Indian journal of veterinary science and animal husbandry - Volume 4,
Year: 1934
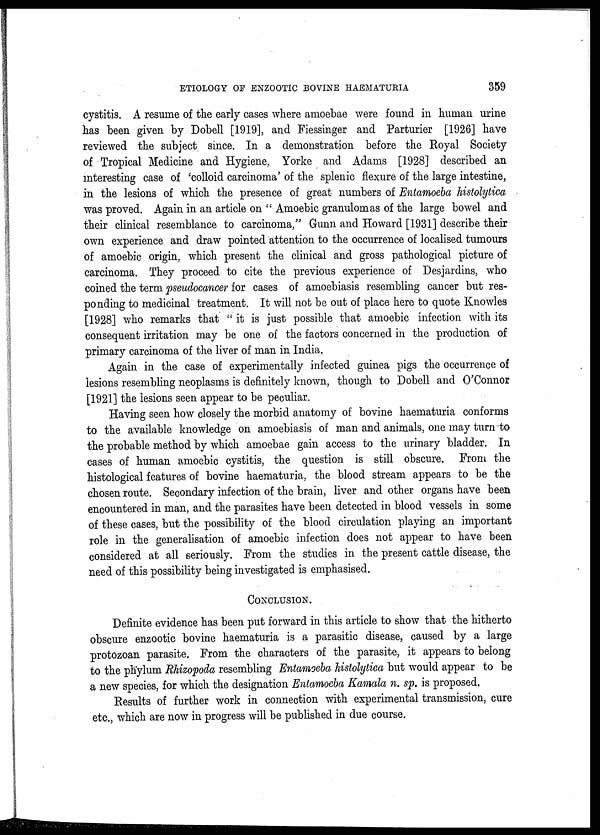
ETIOLOGY OF ENZOOTIC BOVINE HAEMATURIA
359
cystitis. A resume of the early cases where amoebae were found in human urine
has been given by Dobell [1919], and Fiessinger and Parturier [1926] have
reviewed the subject since. In a demonstration before the Royal Society
of Tropical Medicine and Hygiene, Yorke and Adams [1928] described an
interesting case of 'colloid carcinoma' of the splenic flexure of the large intestine,
in the lesions of which the presence of great numbers of Entamoeba histolytica
was proved. Again in an article on " Amoebic granulomas of the large bowel and
their clinical resemblance to carcinoma," Gunn and Howard [1931] describe their
own experience and draw pointed attention to the occurrence of localised tumours
of amoebic origin, which present the clinical and gross pathological picture of
carcinoma. They proceed to cite the previous experience of Desjardins, who
coined the term pseudocancer for cases of amoebiasis resembling cancer but res-
ponding to medicinal treatment. It will not be out of place here to quote Knowles
[1928] who remarks that " it is just possible that amoebic infection with its
consequent irritation may be one of the factors concerned in the production of
primary carcinoma of the liver of man in India.
Again in the case of experimentally infected guinea pigs the occurrence of
lesions resembling neoplasms is definitely known, though to Dobell and O'Connor
[1921] the lesions seen appear to be peculiar.
Having seen how closely the morbid anatomy of bovine haematuria conforms
to the available knowledge on amoebiasis of man and animals, one may turn to
the probable method by which amoebae gain access to the urinary bladder. In
cases of human amoebic cystitis, the question is still obscure. From the
histological features of bovine haematuria, the blood stream appears to be the
chosen route. Secondary infection of the brain, liver and other organs have been
encountered in man, and the parasites have been detected in blood vessels in some
of these cases, but the possibility of the blood circulation playing an important
role in the generalisation of amoebic infection does not appear to have been
considered at all seriously. From the studies in the present cattle disease, the
need of this possibility being investigated is emphasised.
CONCLUSION.
Definite evidence has been put forward in this article to show that the hitherto
obscure enzootic bovine haematuria is a parasitic disease, caused by a large
protozoan parasite. From the characters of the parasite, it appears to belong
to the phylum Rhizopoda resembling Entamoeba histolytica but would appear to be
a new species, for which the designation Entamoeba Kamala n. sp. is proposed.
Results of further work in connection with experimental transmission, cure
etc., which are now in progress will be published in due course.